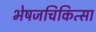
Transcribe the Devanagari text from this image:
भेषजचिकित्सा